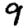
Digit: 9